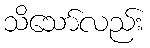
သိသော်လည်း